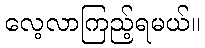
လေ့လာကြည့်ရမယ်။